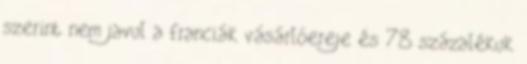
szerint nem javul a franciák vásárlóereje és 78 százalékuk